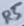
Text: R5